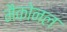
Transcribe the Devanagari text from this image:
मैकोनल